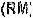
(RM)